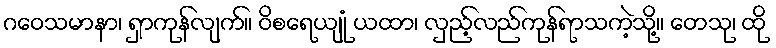
ဂဝေသမာနာ၊ ရှာကုန်လျက်။ ဝိစရေယျုံ ယထာ၊ လှည့်လည်ကုန်ရာသကဲ့သို့။ တေသု၊ ထို